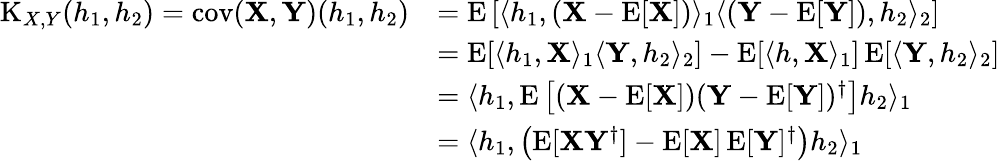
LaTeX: {\begin{array}{rl}{\operatorname{K}_{X,Y}(h_{1},h_{2})=\operatorname{cov}(\mathbf{X},\mathbf{Y})(h_{1},h_{2})}&{=\operatorname{E}\left[\langle h_{1},(\mathbf{X}-\operatorname{E}[\mathbf{X}])\rangle_{1}\langle(\mathbf{Y}-\operatorname{E}[\mathbf{Y}]),h_{2}\rangle_{2}\right]}\\ &{=\operatorname{E}[\langle h_{1},\mathbf{X}\rangle_{1}\langle\mathbf{Y},h_{2}\rangle_{2}]-\operatorname{E}[\langle h,\mathbf{X}\rangle_{1}]\operatorname{E}[\langle\mathbf{Y},h_{2}\rangle_{2}]}\\ &{=\langle h_{1},\operatorname{E}\left[(\mathbf{X}-\operatorname{E}[\mathbf{X}])(\mathbf{Y}-\operatorname{E}[\mathbf{Y}])^{\dagger}\right]h_{2}\rangle_{1}}\\ &{=\langle h_{1},\left(\operatorname{E}[\mathbf{X}\mathbf{Y}^{\dagger}]-\operatorname{E}[\mathbf{X}]\operatorname{E}[\mathbf{Y}]^{\dagger}\right)h_{2}\rangle_{1}}\end{array}}